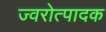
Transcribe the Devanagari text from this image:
ज्वरोत्पादक